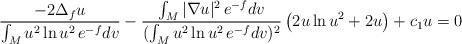
LaTeX: \begin{align*}\frac{-2\Delta_f u}{\int_Mu^2\ln u^2\,e^{-f}dv}-\frac{\int_M|\nabla u|^2\,e^{-f}dv}{(\int_Mu^2\ln u^2\,e^{-f}dv)^2}\left(2u\ln u^2+2u\right)+c_1u=0\end{align*}